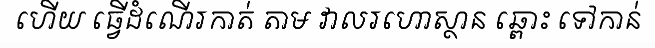
ហើយ ធ្វើដំណើរកាត់ តាម វាលរហោស្ថាន ឆ្ពោះ ទៅកាន់